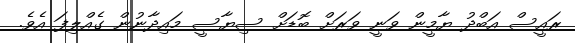
ރައީސް އަބްދު ޔާމީން ވަނީ ވަރަށް ބޮޑަށް ސިޔާސީ މައިދާނުން ގެއްލިފަ އެވެ.